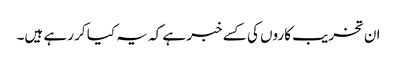
ان تخریب کاروں کی کسے خبر ہے کہ یہ کیا کر رہے ہیں۔